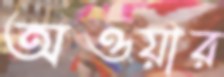
অওয়ার